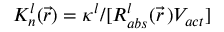
K _ { n } ^ { l } ( \Vec { r } ) = \kappa ^ { l } / [ R _ { a b s } ^ { l } ( \Vec { r } \, ) V _ { a c t } ]